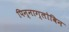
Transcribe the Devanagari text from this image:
पिन्नाग्लोबिन